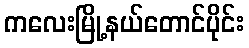
ကလေးမြို့နယ်တောင်ပိုင်း